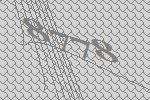
8778